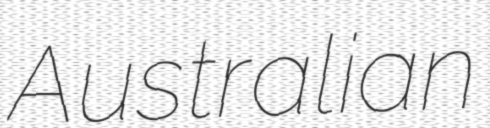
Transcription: Australian